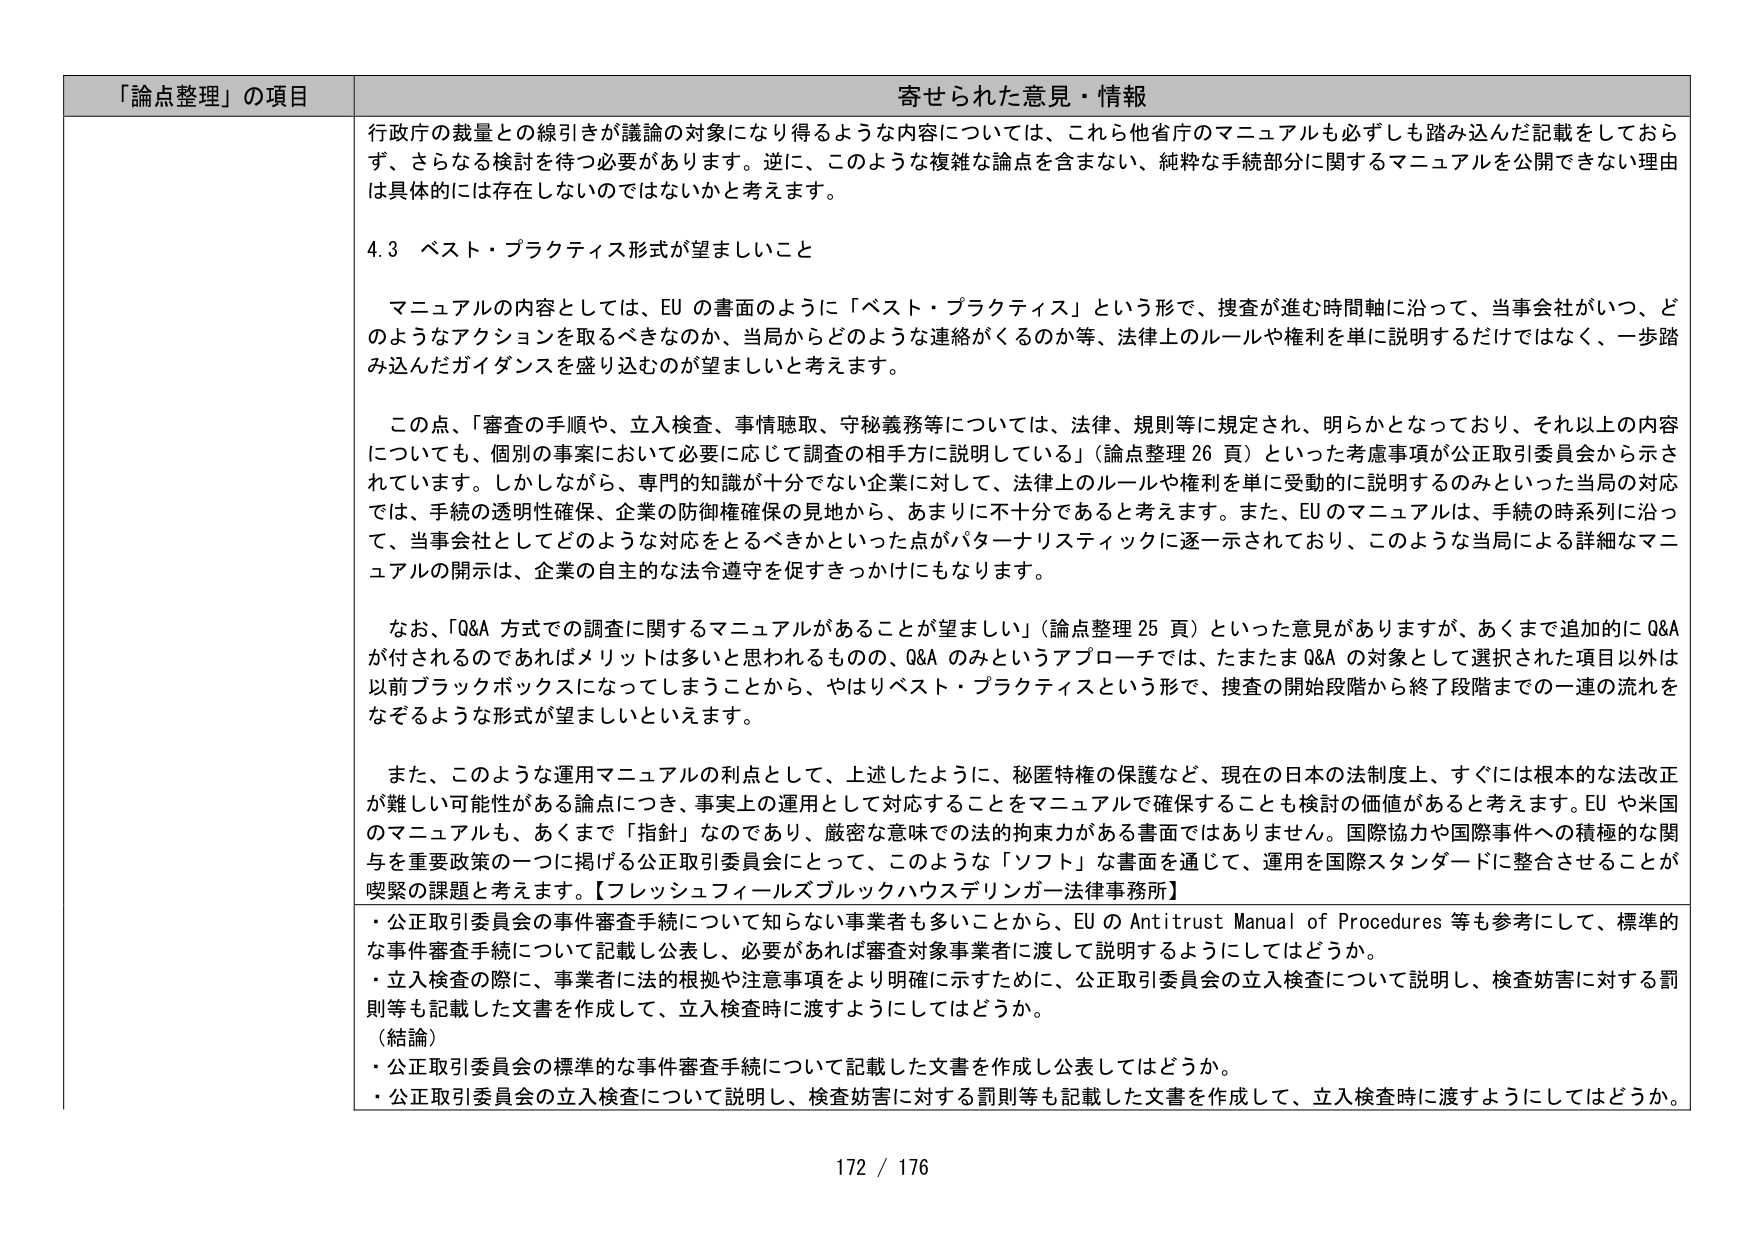
「論点整理」の項目 寄せられた意見・情報

行政庁の裁量との線引きが議論の対象になり得るような内容については、これら他省庁のマニュアルも必ずしも踏み込んだ記載をしておらず、さらなる検討を待つ必要があります。逆に、このような複雑な論点を含まない、純粋な手続部分に関するマニュアルを公開できない理由は具体的には存在しないのではないかと考えます。

4.3 ベスト・プラクティス形式が望ましいこと

マニュアルの内容としては、EU の書面のように「ベスト・プラクティス」という形で、捜査が進む時間軸に沿って、当事会社がいつ、どのようなアクションを取るべきなのか、当局からどのような連絡がくるのか等、法律上のルールや権利を単に説明するだけではなく、一歩踏み込んだガイダンスを盛り込むのが望ましいと考えます。

この点、「審査の手順や、立入検査、事情聴取、守秘義務等については、法律、規則等に規定され、明らかとなっており、それ以上の内容についても、個別の事案において必要に応じて調査の相手方に説明している」（論点整理 26 頁）といった考慮事項が公正取引委員会から示されています。しかしながら、専門的知識が十分でない企業に対して、法律上のルールや権利を単に受動的に説明するのみといった当局の対応では、手続の透明性確保、企業の防御権確保の見地から、あまりに不十分であると考えます。また、EU のマニュアルは、手続の時系列に沿って、当事会社としてどのような対応をとるべきかといった点がパターナリスティックに逐一示されており、このような当局による詳細なマニュアルの開示の、企業の自主的な法令遵守を促すきっかけにもなります。

なお、「Q&A 方式での調査に関するマニュアルがあることが望ましい」（論点整理 25 頁）といった意見がありますが、あくまで追加的に Q&A が付されるのであればメリットは多いと思われるものの、Q&A のみというアプローチでは、たまたま Q&A の対象として選択された項目以外は以前ブラックボックスになってしまうことから、やはりベスト・プラクティスという形で、捜査の開始段階から終了段階までの一連の流れをなぞるような形式が望ましいといえます。

また、このような運用マニュアルの利点として、上記したように、秘匿特権の保護など、現在の日本の法制度上、すぐには根本的な法改正が難しい可能性がある論点につき、事実上の運用として対応することをマニュアルで確保することも検討の価値があると考えます。EU や米国のマニュアルも、あくまで「指針」なのであり、厳密な意味での法的拘束力がある書面ではありません。国際協力や国際事件への積極的な関与を重要政策の一つに掲げる公正取引委員会にとって、このような「ソフト」な書面を通じて、運用を国際スタンダードに整合させることが喫緊の課題と考えます。【フレッシュフィールズブルックハウスデリンガ―法律事務所】

・公正取引委員会の事件審査手続について知らない事業者も多いことから、EU の Antitrust Manual of Procedures 等も参考にして、標準的な事件審査手続について記載し公表し、必要があれば審査対象事業者に渡して説明するようにしてはどうか。
・立入検査の際に、事業者に法的根拠や注意事項をより明確に示すために、公正取引委員会の立入検査について説明し、検査妨害に対する罰則等も記載した文書を作成して、立入検査時に渡すようにしてはどうか。
（結論）
・公正取引委員会の標準的な事件審査手続について記載した文書を作成し公表してはどうか。
・公正取引委員会の立入検査について説明し、検査妨害に対する罰則等も記載した文書を作成して、立入検査時に渡すようにしてはどうか。

172 / 176